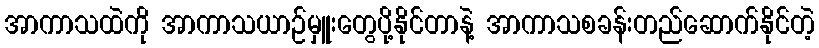
အာကာသထဲကို အာကာသယာဉ်မှူးတွေပို့နိုင်တာနဲ့ အာကာသစခန်းတည်ဆောက်နိုင်တဲ့